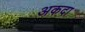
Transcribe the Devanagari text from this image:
अकदा